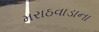
મરાઠવાડાના